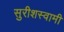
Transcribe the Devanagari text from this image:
सुरीशस्वामी